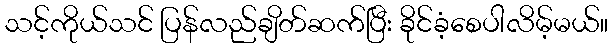
သင့်ကိုယ်သင် ပြန်လည်ချိတ်ဆက်ပြီး ခိုင်ခံ့စေပါလိမ့်မယ်။